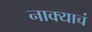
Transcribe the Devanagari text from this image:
नाक्याचं